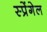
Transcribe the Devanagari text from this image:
स्प्रेंगेल